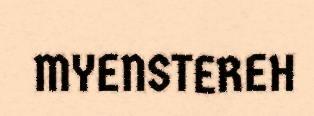
MYENSTEREH